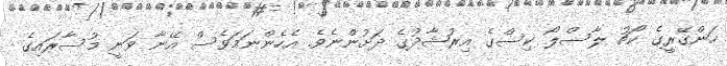
ހަންގޭރީގެ ކޯޗު ލާސްލޯ ކިސްގެ އިރުޝާދުގެ ދަށުންނެވެ. އެހެންނަމަވެސް އޭނާ ވަނީ މުސާރައިގެ